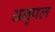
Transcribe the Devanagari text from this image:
अनुपल